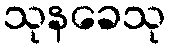
သုနခေသု